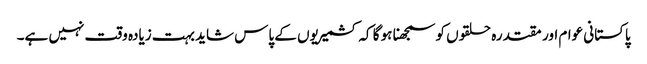
پاکستانی عوام اور مقتدرہ حلقوں کو سمجھنا ہو گا کہ کشمیریوں کے پاس شاید بہت زیادہ وقت نہیں ہے۔